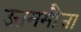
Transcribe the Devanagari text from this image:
उत्तममौजा